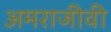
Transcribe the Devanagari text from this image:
अमराजीवी